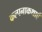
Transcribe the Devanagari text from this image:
कल्पनाकथाएँ